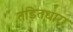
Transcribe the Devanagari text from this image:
तड़ितधारा